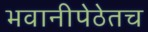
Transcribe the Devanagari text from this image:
भवानीपेठेतच